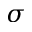
\sigma